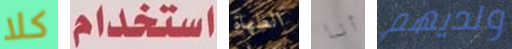
كلا استخدام الطهاة أنا ولديهم